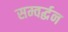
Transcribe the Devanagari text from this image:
सम्वर्द्धन